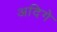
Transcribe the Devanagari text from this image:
अदिगे